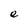
Character: e